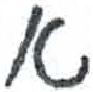
אות: א